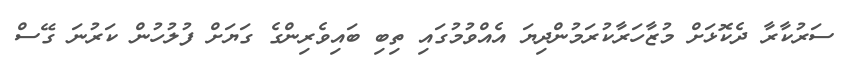
ސަރުކާރާ ދެކޮޅަށް މުޒާހަރާކުރަމުންދިޔަ އެއްވުމުގައި ތިބި ބައިވެރިންގެ ގަޔަށް ފުލުހުން ކަރުނަ ގޭސް